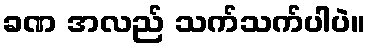
ခဏ အလည် သက်သက်ပါပဲ။